Scottish Leaving Certificate Examination, 1959
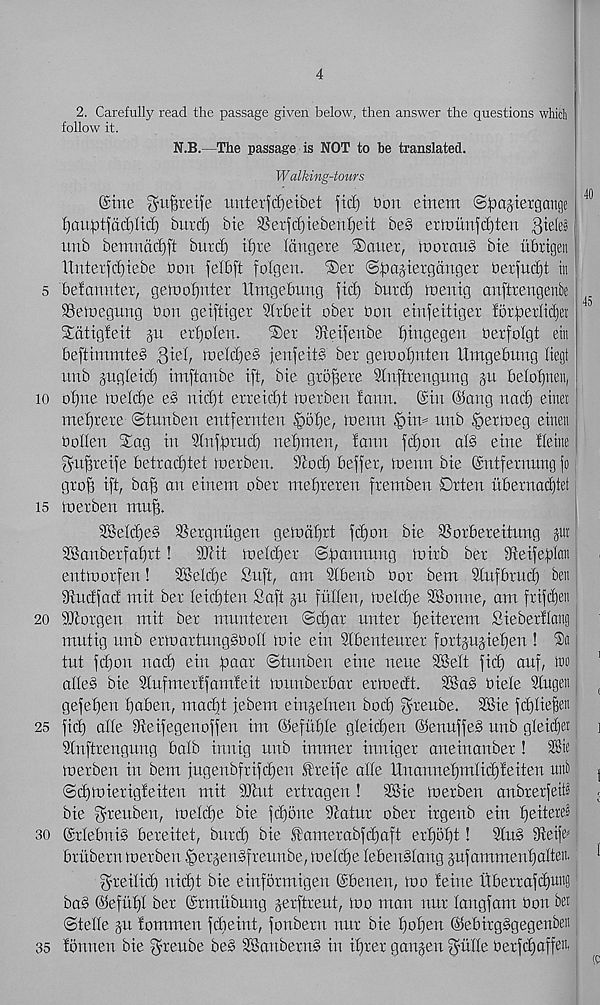
4
2. Carefully read the passage given below, then answer the questions which
follow it.
N.B.—The passage is NOT to be translated.
Walking-tours
(Sine ^itjjreife imterfcfjeibet fid) bon einem ©fDagiergangc
fjonfotfddjlid) burd) bie SSerfd)ieben£)eit be§ ertnimfdjten
unb bemndd)ft bnrd) ii)re Idngere 'Sauer, tnorauS bie itbrigen
Unterfd)iebe bon felbft folgen. Set Spagiergduger berfudjt in
5 befanuter, gemofjnter Umgebung fid) burd) toenig anfirengenbe
Semegung bon geiftiger Slrbeit ober bon einfeitiger iorberli'cljei
Sdtigfeit jn erfjolen.
Set dteifenbe binge gen berfolgt etn
beftinxmteS Qizi, melcbeS jenfeitS ber geluobuten Umgebung liegt
unb gugleid) imftanbe ift, bie groffere Stnftrengung ju belobnen,
to obue ioeId)e e§ nid)t erreidjt bier ben fann. (Sin ©ang nacb einet
mebrere (Stuubeu entfernten §obe, ibeun
unb ^ermeg einen
bollen Sag in Slnffmtcb nebmen, fann fcbon af§ eine fleiite
gubreife betradgtet toerben. iftocb beffer, tnenn bie ©ntfernung fo
grob ift, bab an einenx ober mebreren fremben Drten uberna(f)tet
is bierben mub.
Selcbeb SSergniigen gebidbrt fdjon bie SSorbereitung gut
2Banberfabrt!
ibtit metdjer ©fmnnung loirb ber iReifeblan
entmorfen!
3®eld)e Sufi, am 2fbenb bor bem 9IufbrUcb ben
iRudfad mit ber Ieid)ten Saft ju fulfen, melcbe SKonne, am frifdjen
20 SRorgen mit ber munteren ©d)ar unter beiterem Sieberflang
mutig unb etnmrtungbbod toie ein 9lbenteurer fortgugieben !
tut fdjon nad) ein pagr ©tnnben eine neue 2BeIt fid) auf, w
alle§ bie Rufmerffamfeit tmmberbar erbiedt. 2Ba3 biete Sfugen
gefeben boben, macbt febem einjelneu bod) fyreube. 2Bie fd)IieBen
25 fid) ade Reifegenoffen im ©efuble gleicben ©enuffe§ unb gleidfet
Slnftrengnng balb innig unb immer inniger aneinanber !
merben in bem fugenbfrifdben Sbreife alle |XnannebmIid)feiten uit&
©cbioierigfeiten mit dftut ertragen!
SSie toerben anbrerfeid
bie f^reuben, loelibe bie fdjbne Ratur ober irgenb ein fyeiteirf
so ©rlebnib bereitet, burcb bie S£amerabfd)aft erbbbt! 2lu§ Reife^
brubern merben .^erjenSfreuube, melcbe tebenblang jufammenb alien.
greilid) uicbt bie etnformigen ©benen, mo feme Xfbettafcbum!
ba§ ©efubf ber ©rmubung jerftreut, mo man nur fangfam bon bet
®telle gu fommen fcbeiut, fonbern nur bie boben ©ebirgsgegenben
35 fbnnen bie ^reube beb SSanbernS in ibrer gaugen fyude berfcbaffeu